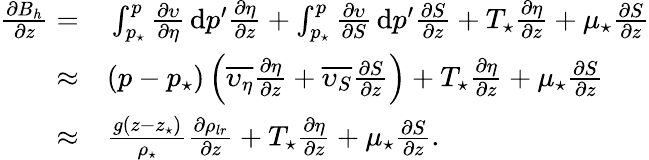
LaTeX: \begin{array}{rl}{\frac{\partial B_{h}}{\partial z}=}&{{}\int_{p_{\star}}^{p}\frac{\partial\upsilon}{\partial\eta}\, \mathrm{d}p^{\prime}\frac{\partial\eta}{\partial z}+\int_{p_{\star}}^{p}\frac{\partial\upsilon}{\partial S}\, \mathrm{d}p^{\prime}\frac{\partial S}{\partial z}+T_{\star}\frac{\partial\eta}{\partial z}+\mu_{\star}\frac{\partial S}{\partial z}}\\ {\approx}&{{}(p-p_{\star})\left(\overline{{\upsilon_{\eta}}}\frac{\partial\eta}{\partial z}+\overline{{\upsilon_{S}}}\frac{\partial S}{\partial z}\right)+T_{\star}\frac{\partial\eta}{\partial z}+\mu_{\star}\frac{\partial S}{\partial z}}\\ {\approx}&{{}\frac{g(z-z_{\star})}{\rho_{\star}}\frac{\partial\rho_{lr}}{\partial z}+T_{\star}\frac{\partial\eta}{\partial z}+\mu_{\star}\frac{\partial S}{\partial z}.}\end{array}